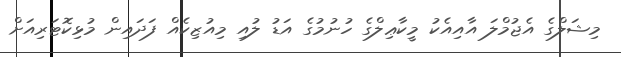
މިޝަލްގެ އެޖުމްލަ އާއިއެކު މީކާޢިލްގެ ހުނުމުގެ އަޑު ލުއި މިއުޒިކެއް ފަދައިން މުޅިކޮޓަރިއަށް